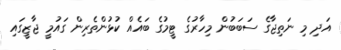
އަދި މި ނަތިޖާގެ ސަބަބުން މިހާރުގެ ޓީމުގެ ބައެއް ކުޅުންތެރިން ގައުމީ ޖާޒީގައި